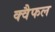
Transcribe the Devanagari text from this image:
क्वैफल